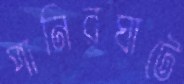
পানিরঘাটে